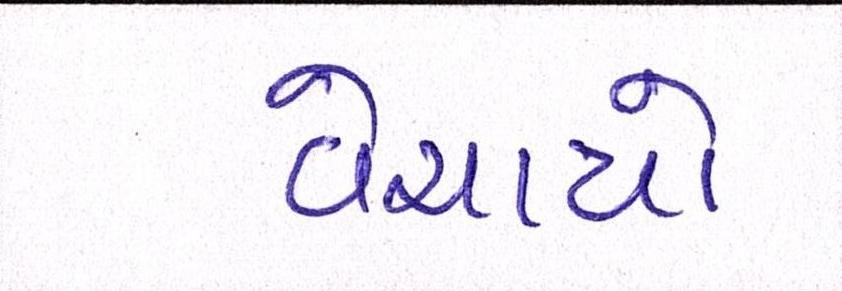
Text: વેચાયો